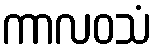
ကာလဝသံ